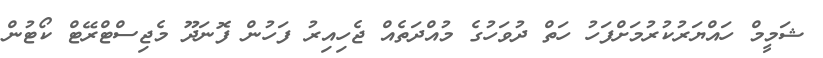
ޝަމީމް ހައްޔަރުކުރުމަށްފަހު ހަތް ދުވަހުގެ މުއްދަތެއް ޖެހިއިރު ފަހުން ފޮނަދޫ މެޖިސްޓްރޭޓް ކޯޓުން